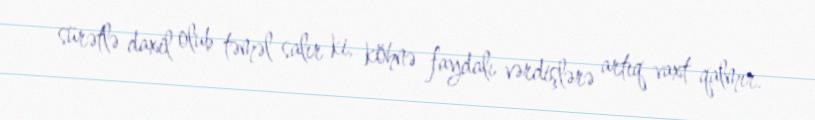
sürətlə daxil olub təməl salır ki, köhnə faydalı vərdişlərə artıq vaxt qalmır.